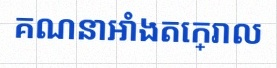
គណនាអាំងតេក្រាល